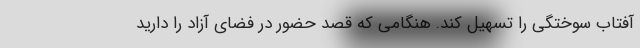
آفتاب سوختگی را تسهیل کند. هنگامی که قصد حضور در فضای آزاد را دارید